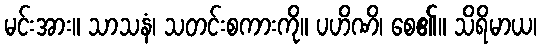
မင်းအား။ သာသနံ၊ သတင်းစကားကို။ ပဟိဏိ၊ စေ၏။ သိရိမာယ၊